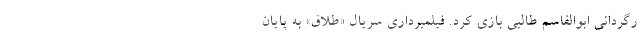
رگردانی ابوالقاسم طالبی بازی کرد. فیلمبرداری سریال «طلاق» به پایان